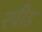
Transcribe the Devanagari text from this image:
रपीड